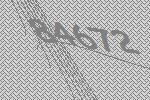
84672